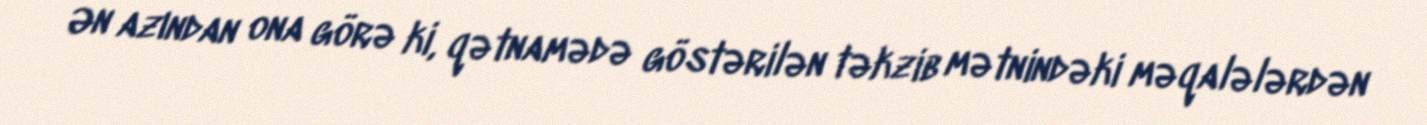
Ən azından ona görə ki, qətnamədə göstərilən təkzib mətnindəki məqalələrdən